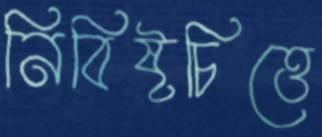
নিবিষ্টচিত্তে